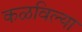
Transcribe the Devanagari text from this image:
कळविल्या